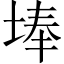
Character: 埲